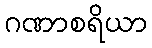
ဂဏာစရိယာ